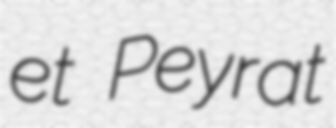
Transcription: et Peyrat